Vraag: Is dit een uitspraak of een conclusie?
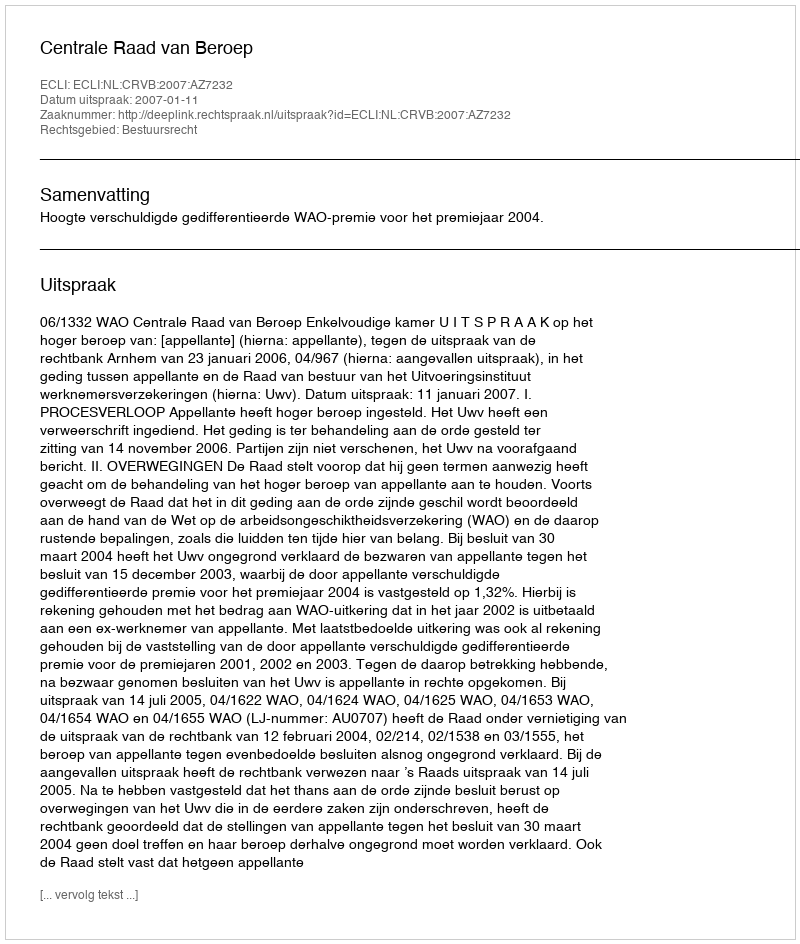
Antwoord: Uitspraak